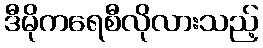
ဒီမိုကရေစီလိုလားသည့်